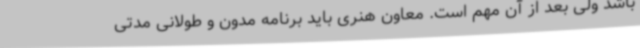
باشد ولی بعد از آن مهم است. معاون هنری باید برنامه مدون و طولانی مدتی